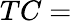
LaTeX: TC=